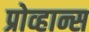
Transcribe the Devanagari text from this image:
प्रोव्हान्स